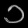
Digit: ၁